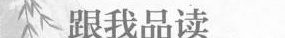
跟我品读